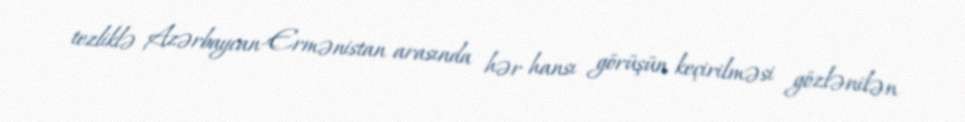
tezliklə Azərbaycan-Ermənistan arasında hər hansı görüşün keçirilməsi gözlənilən